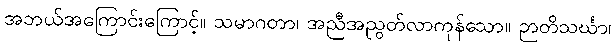
အဘယ်အကြောင်းကြောင့်။ သမာဂတာ၊ အညီအညွတ်လာကုန်သော။ ဉာတိသင်္ဃာ၊